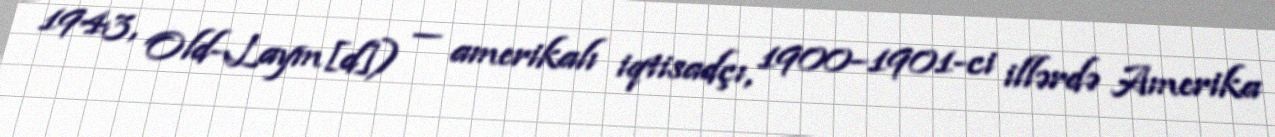
1943, Old-Laym[d]) — amerikalı iqtisadçı, 1900–1901-ci illərdə Amerika